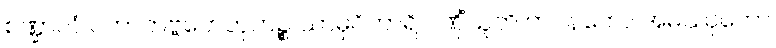
စဏ္ဍာလံ ပဟာတဗ္ဗဟေတုကဉ္စ သာဓုဝိဟာရိ ဂဏှိံသူတိ တပနတော အမဿုကော